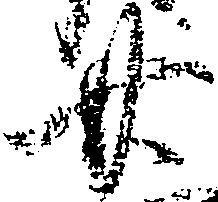
廿